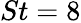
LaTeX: St=8